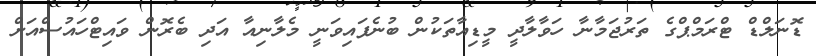
ޑޮނަލްޑް ޓްރަމްޕްގެ ތަރުޖަމާނާ ހަވާލާދީ މީޑިއާތަކުން ބުނެފައިވަނީ މެލާނިއާ އަދި ބެރޮން ވައިޓްހައުސްއަށް